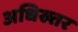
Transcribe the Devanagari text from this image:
अधिख्तर